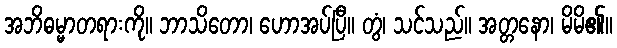
အဘိဓမ္မာတရားကို။ ဘာသိတော၊ ဟောအပ်ပြီ။ တွံ၊ သင်သည်။ အတ္တနော၊ မိမိ၏။